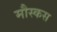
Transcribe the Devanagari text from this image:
मौस्कस